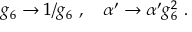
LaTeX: g _ { 6 } \rightarrow 1 / g _ { 6 } \ , \quad \alpha ^ { \prime } \rightarrow \alpha ^ { \prime } g _ { 6 } ^ { 2 } \ .